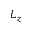
L _ { z }